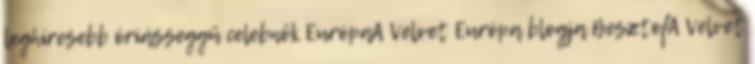
leghíresebb óriásseggű celebnők EurópaA Velvet Európa blogja BesztofA Velvet